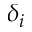
\delta _ { i }